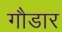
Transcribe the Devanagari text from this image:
गौडार